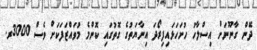
ދޭން ގާނޫނަށް އިސްލާހު ހުށަހަޅައިފިރޯދަ އިނާޔަތުގެ ގޮތުގައި ކޮންމެ މުވައްޒަފަކަށް ވެސް 3000ރ.